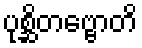
ပုစ္ဆိတဗ္ဗောတိ